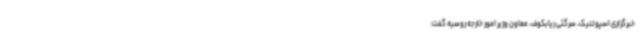
خبرگزاری اسپوتنیک، سرگئی ریابکوف، معاون وزیر امور خارجه روسیه گفت: